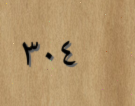
٣٠٤